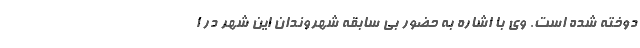
دوخته شده است. وی با اشاره به حضور بی سابقه شهروندان این شهر در ا